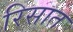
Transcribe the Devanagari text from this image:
रिसात